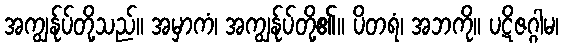
အကျွန်ုပ်တို့သည်။ အမှာကံ၊ အကျွန်ုပ်တို့၏။ ပိတရံ၊ အဘကို။ ပဋိဇဂ္ဂါမ၊